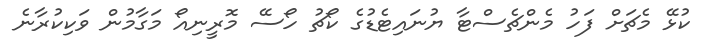
ކުޅޭ މެޗަށް ފަހު މެންޗެސްޓާ ޔުނައިޓެޑުގެ ކޯޗު ހޯސޭ މޮރީނިއޯ މަގާމުން ވަކިކުރާނެ